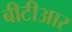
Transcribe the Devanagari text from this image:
बीटीआर